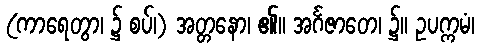
(ကာရေတွာ၊ ၌ စပ်၊) အတ္တနော၊ ၏။ အင်္ဂဇာတေ၊ ၌။ ဥပက္ကမံ၊